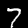
Label: 7